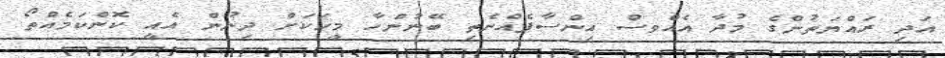
އަދި ރައްޔަތުންގެ މުދާ އެއްވސް އިންސާފެއްނެތި ބޭނުންހާ މީހަކަށް ދިނުން އެއީ ކޮންކަމެއްތޯ